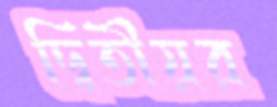
দ্বিতীয়র